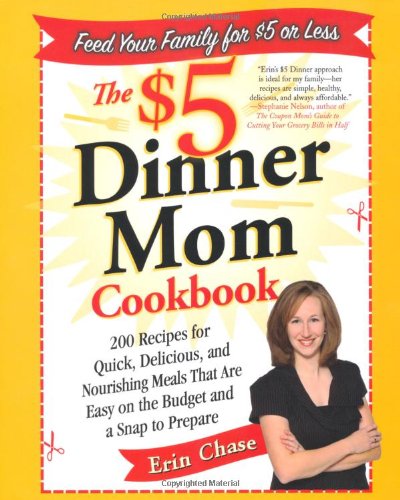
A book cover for The $5 Dinner Mom Cookbook: 200 Recipes for Quick, Delicious, and Nourishing Meals That Are Easy on the Budget and a Snap to Prepare; Erin Chase; Cookbooks, Food & Wine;